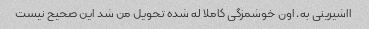
ااشیرینی به. اون خوشمزگی کاملا له شده تحویل من شد این صحیح نیست